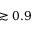
\gtrsim 0 . 9